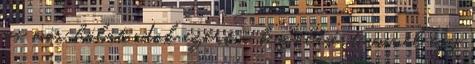
ma már hálát adok ezért a beszólásért, mivel egy